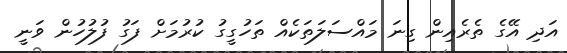
އަދި އޭގެ ތެރެެއިން ގިނަ މައްސަލަތަކެއް ތަހުގީގު ކުރުމަށް ފަގު ފުލުހުން ވަނީ